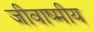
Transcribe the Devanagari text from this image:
जीवाष्मीय